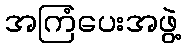
အကြံပေးအဖွဲ့